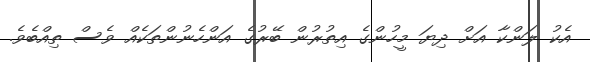
އެކު ލަންކާ އަށް ދިޔަ މީހުންގެ އިތުރުން ބޭރުގެ އަންހެނުންތަކެއް ވެސް ތިއްބެވެ.